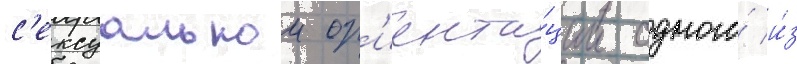
с'ексуальнои ор'иента́ции одного́ и́з